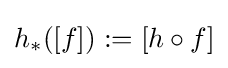
h_{*}([f]):=[h\circ f]